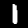
Digit: 1